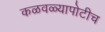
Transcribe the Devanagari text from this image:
कळवळ्यापोटीच